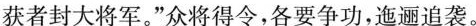
获者封大将军。”众将得令，各要争功，迤逦追袭。